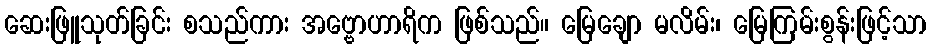
ဆေးဖြူသုတ်ခြင်း စသည်ကား အဗ္ဗောဟာရိက ဖြစ်သည်။ မြေချော မလိမ်း၊ မြေကြမ်းစွန်းဖြင့်သာ